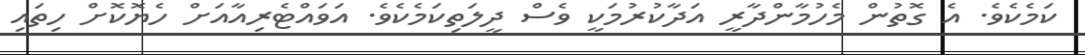
ކަމެކެވެ. އެ ގޮތުން މެހުމާންދާރީ އަދާކުރުމަކީ ވެސް ދީލަތިކަމެކެވެ. އަވައްޓެރިއާއަށް ހެޔޮކޮށް ހިތައި